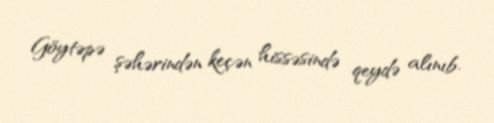
Göytəpə şəhərindən keçən hissəsində qeydə alınıb.